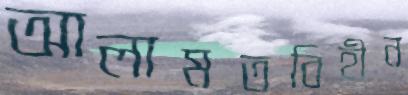
আলামতবিহীন